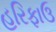
હરિફાઉ